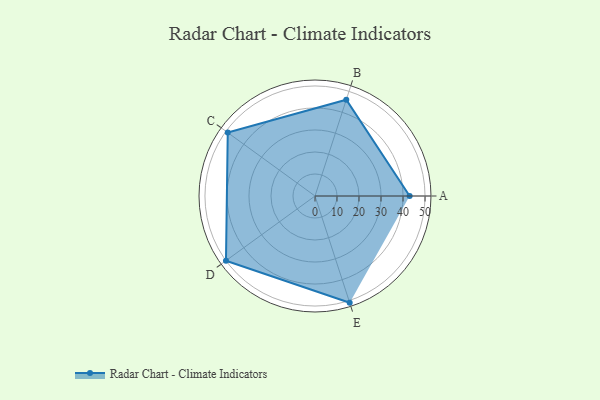
{"axis": {"x": "Skill", "y": "Score"}, "legend": ["Profile"], "data": [{"x": "A", "y": 43.0, "type": "Profile"}, {"x": "B", "y": 46.0, "type": "Profile"}, {"x": "C", "y": 49.0, "type": "Profile"}, {"x": "D", "y": 50.0, "type": "Profile"}, {"x": "E", "y": 51.0, "type": "Profile"}]}